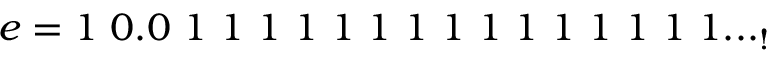
e = 1 \ 0 . 0 \ 1 \ 1 \ 1 \ 1 \ 1 \ 1 \ 1 \ 1 \ 1 \ 1 \ 1 \ 1 \ 1 \ 1 \ 1 . . . _ { ! }